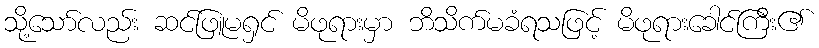
သို့သော်လည်း ဆင်ဖြူမရှင် မိဖုရားမှာ ဘိသိက်မခံရသဖြင့် မိဖုရားခေါင်ကြီး၏